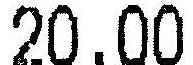
20.00